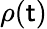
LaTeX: \rho(\mathsf{t})